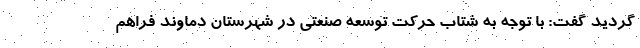
گردید گفت: با توجه به شتاب حرکت توسعه صنعتی در شهرستان دماوند فراهم